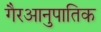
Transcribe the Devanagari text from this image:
गैरआनुपातिक